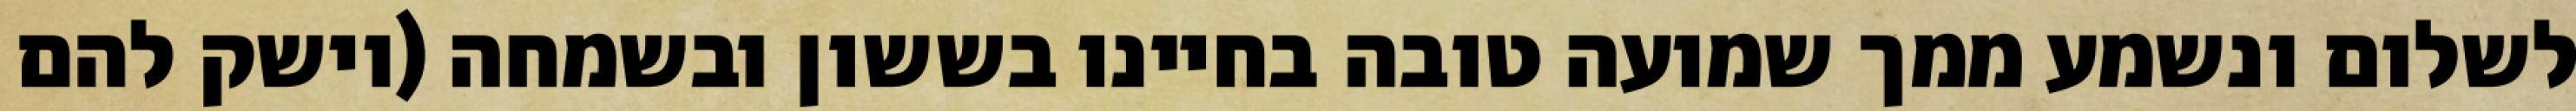
לשלום ונשמע ממך שמועה טובה בחיינו בששון ובשמחה (וישק להם